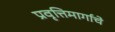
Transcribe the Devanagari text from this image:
प्रवृत्तिमार्गाचे